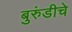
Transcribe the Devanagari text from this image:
बुरुंडीचे